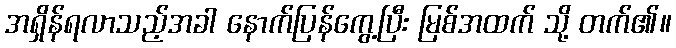
အရှိန်ရလာသည့်အခါ နောက်ပြန်ကွေ့ပြီး မြစ်အထက် သို့ တက်၏။